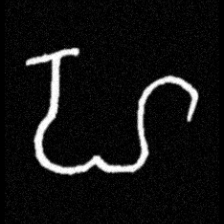
Pyu character \u2014 Myanmar letter: ဟ (romanized: ha)